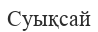
Суықсай